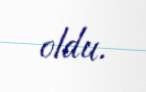
oldu.